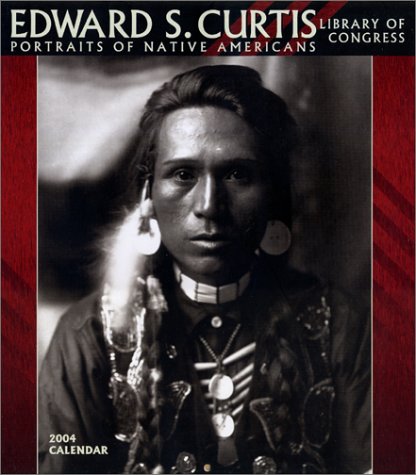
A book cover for Edward S. Curtis 2004 Calendar: Portraits of Native Americans; Calendars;